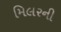
મિલરની